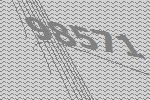
98571